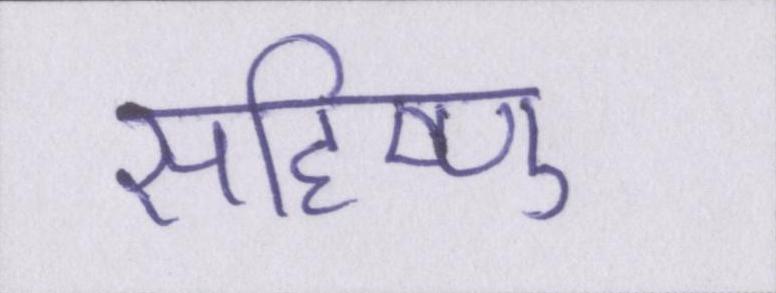
सहिष्णु